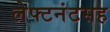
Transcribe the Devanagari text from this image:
लेफ्टनंटसह